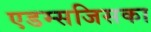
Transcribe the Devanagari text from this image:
एडम्सजिसका